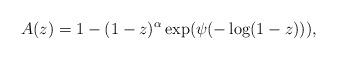
LaTeX: \begin{align*}A(z) = 1-(1-z)^\alpha\exp(\psi(-\log(1-z))),\end{align*}